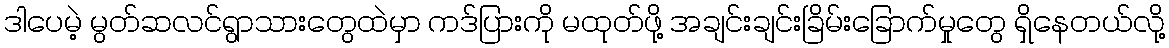
ဒါပေမဲ့ မွတ်ဆလင်ရွာသားတွေထဲမှာ ကဒ်ပြားကို မထုတ်ဖို့ အချင်းချင်းခြိမ်းခြောက်မှုတွေ ရှိနေတယ်လို့